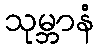
သုမ္ဘာနံ